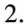
2.